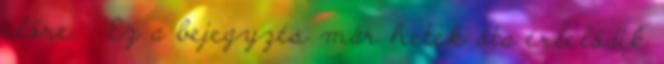
előre. : Ez a bejegyzés már hetek óta érlelődik